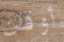
أوقن